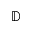
\mathbb { D }